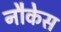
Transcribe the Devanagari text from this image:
नौकेस